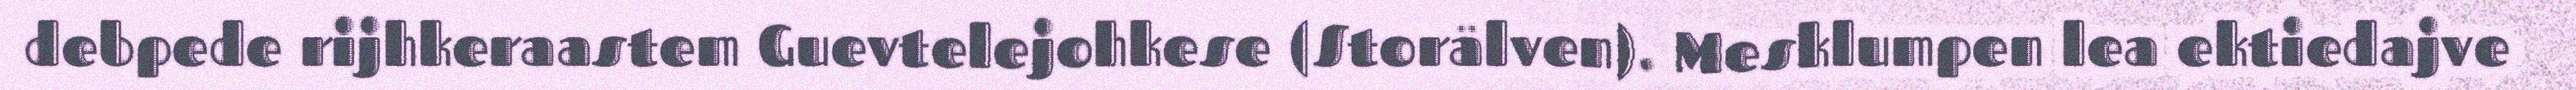
debpede rijhkeraastem Guevtelejohkese (Storälven). Mesklumpen lea ektiedajve